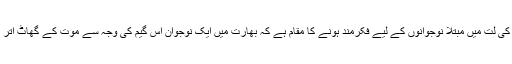
اس گیم کی لت میں مبتلا نوجوانوں کے لیے فکرمند ہونے کا مقام ہے کہ بھارت میں ایک نوجوان اس گیم کی وجہ سے موت کے گھاٹ اتر گیا ہے۔